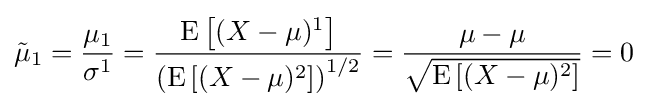
{\tilde {\mu }}_{1}={\frac {\mu _{1}}{\sigma ^{1}}}={\frac {\operatorname {E} \left[(X-\mu )^{1}\right]}{\left(\operatorname {E} \left[(X-\mu )^{2}\right]\right)^{1/2}}}={\frac {\mu -\mu }{\sqrt {\operatorname {E} \left[(X-\mu )^{2}\right]}}}=0